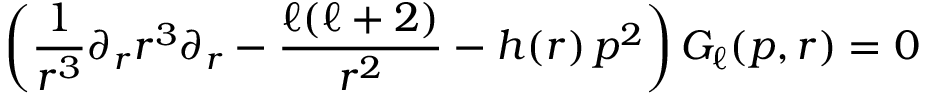
\left( \frac { 1 } { r ^ { 3 } } \partial _ { r } r ^ { 3 } \partial _ { r } - \frac { \ell ( \ell + 2 ) } { r ^ { 2 } } - h ( r ) \, p ^ { 2 } \right) G _ { \ell } ( p , r ) = 0